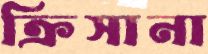
ক্রিসানা